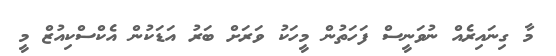
މާ ގިނައިރެއް ނުވަނީސް ފަހަތުން މީހަކު ވަރަށް ބަރު އަޑަކުން އެކްސްކިއުޒް މީ